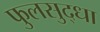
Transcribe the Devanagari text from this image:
फुलसुद्धा